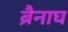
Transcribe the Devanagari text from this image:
ब्रैनाघ